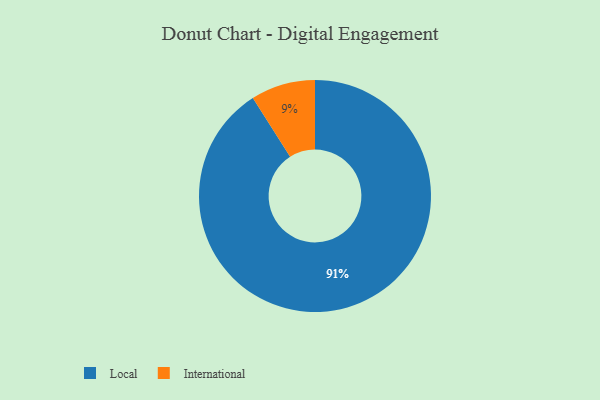
{"axis": {"x": "Category", "y": "Percentage"}, "legend": ["International", "Local"], "data": [{"x": "International", "y": 9, "type": "International"}, {"x": "Local", "y": 91, "type": "Local"}]}